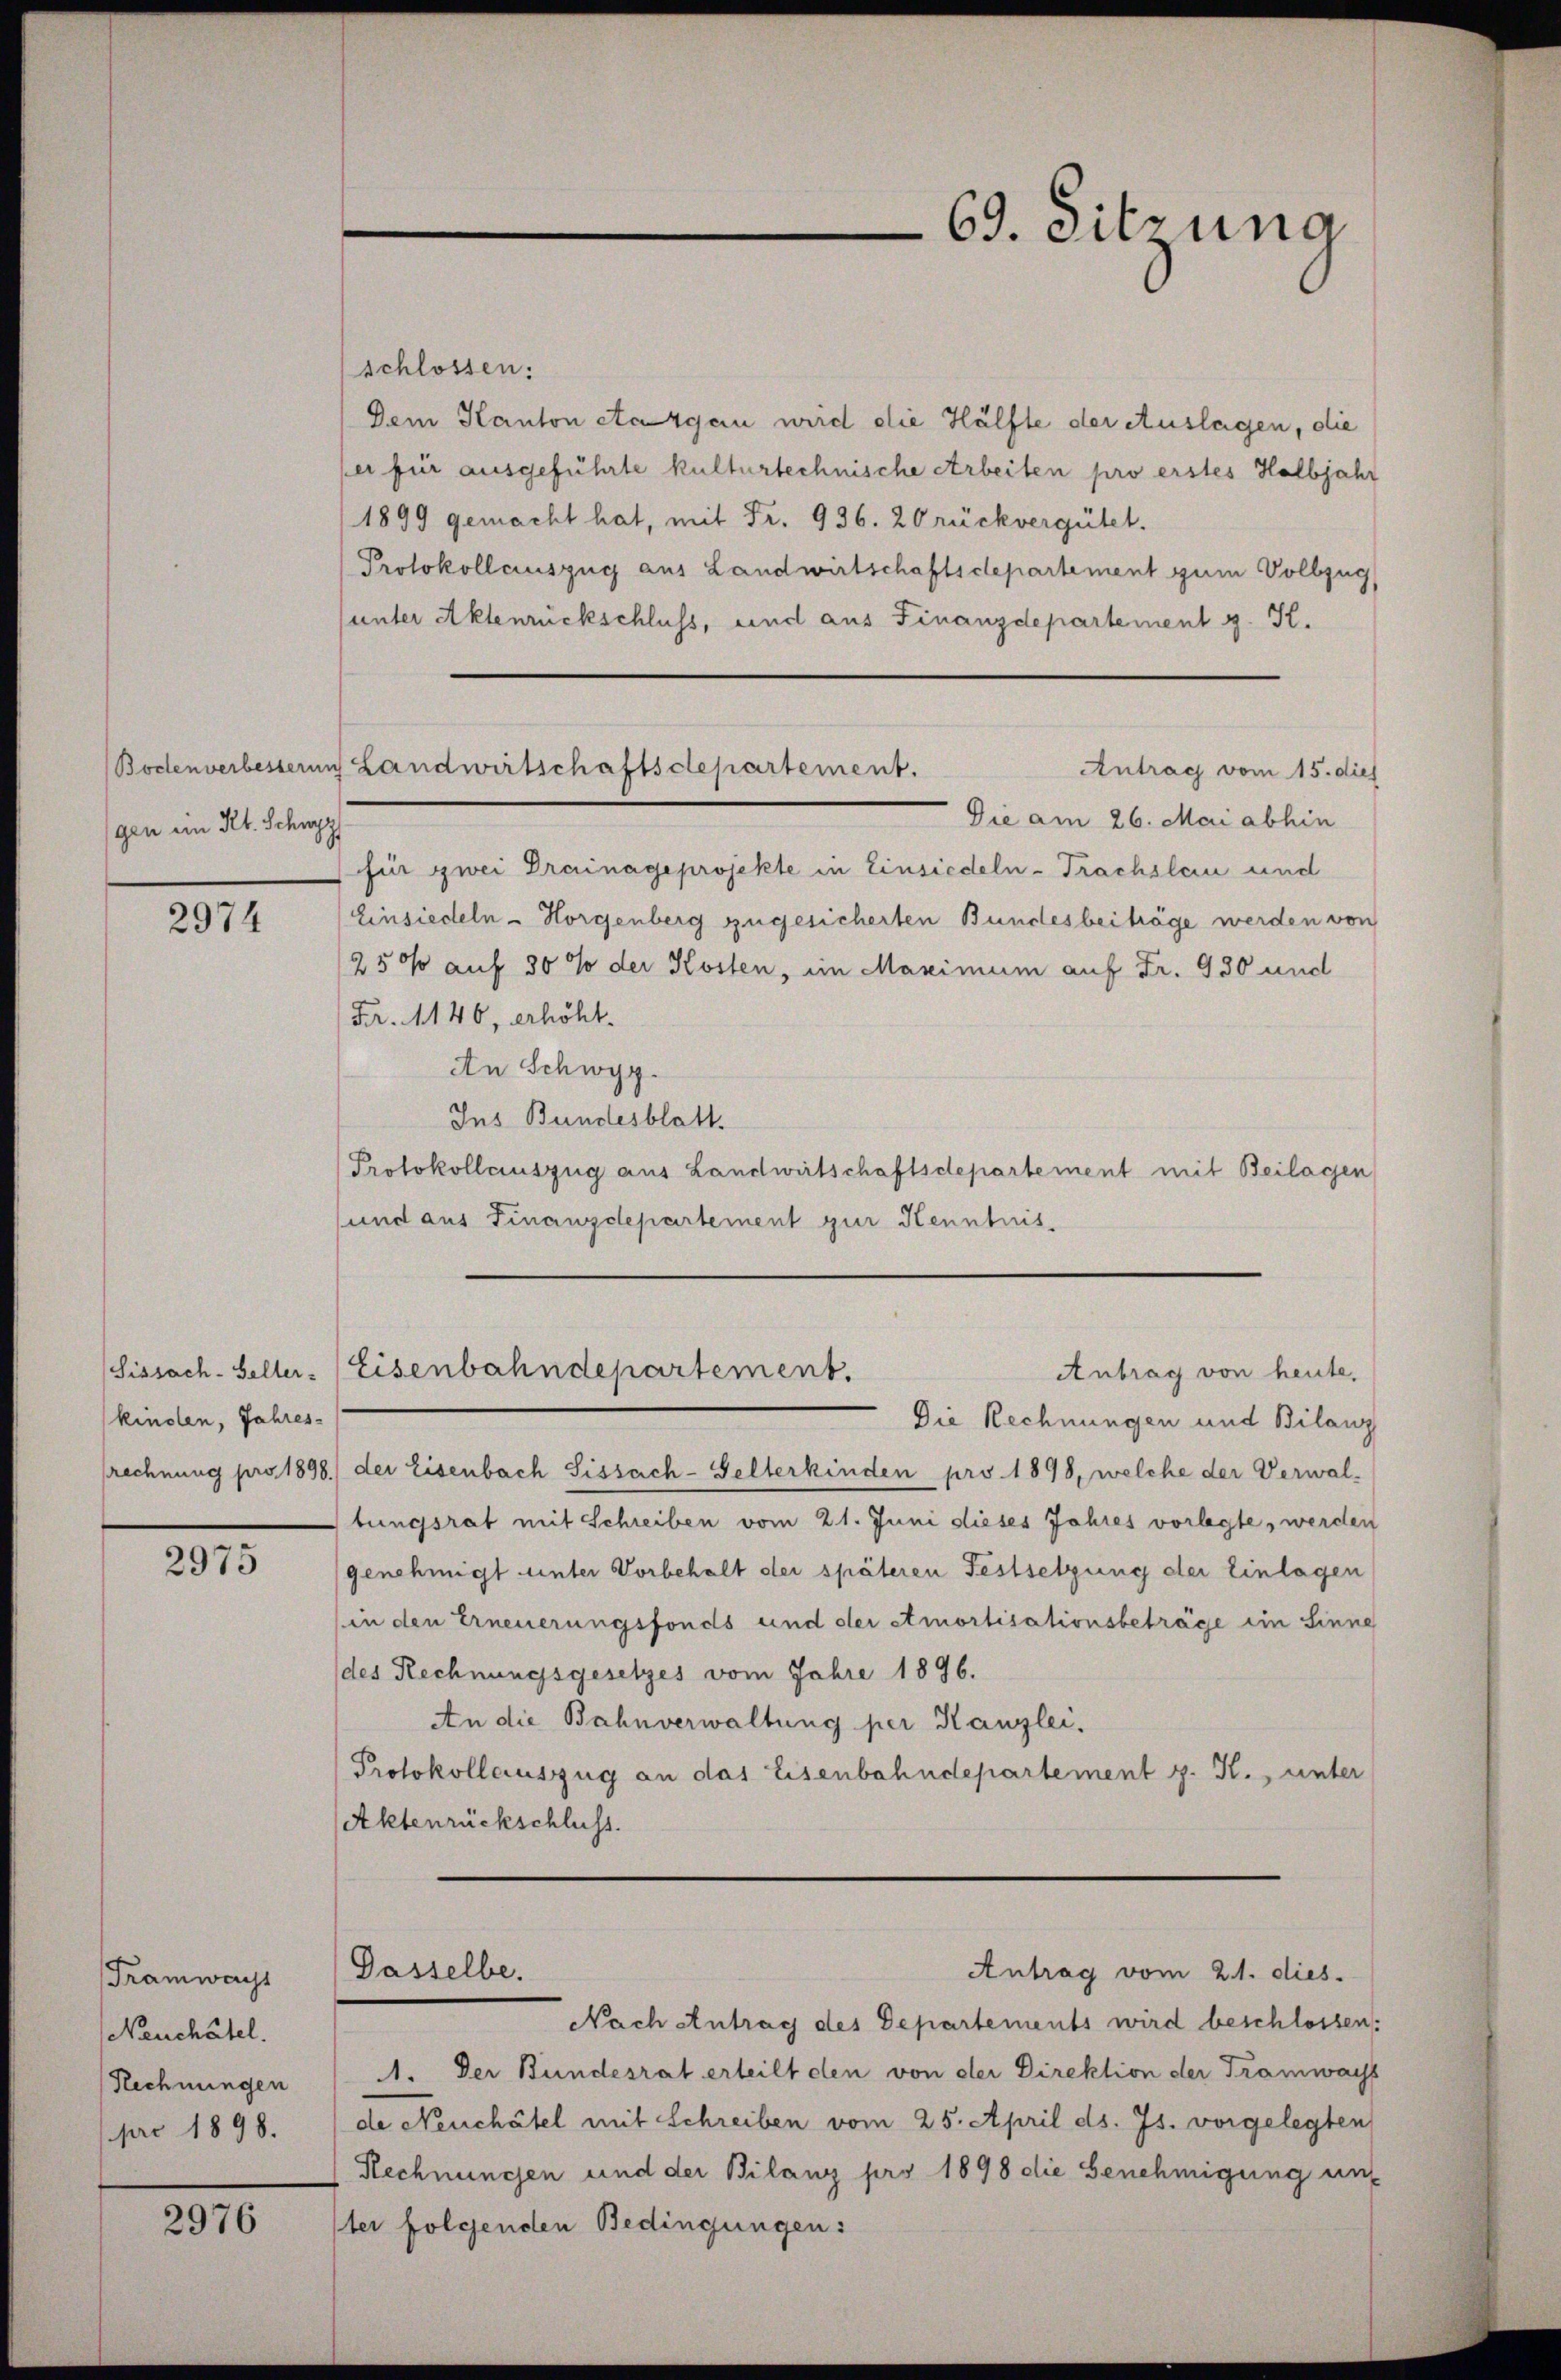
Bodenverbesserung
gen im Kt. Schwyz

2974

kinden, Jahres-
rechnung pro 1898.

2975

Tramwacht
Neuchâtel.
Rechnungen
pro 1898.

2976

69. Sitzung

schlossen:
Dem Kanton Aargau wird die Hälfte der Auslagen, die
per für ausgeführte kulturtechnische Arbeiten pro erstes Halbjahr
1899 gemacht hat, mit Fr. 936. 20 rückvergütet.
Protokollauszug aus Landwirtschaftsdepartement zum Vollzug
(unter Aktenrückschluss, und aus Finanzdepartement z. K.
Die am 26. Mai abhin
für zwei Drainage projekte in Einsiedeln-Trachslau und
Einsiedeln - Horgenberg zugesicherten Bundesbeiträge werden von
250 auf 30 % der Kosten, im Maximum auf Fr. 930 und
Fr. 146, erhöht.
An Schwyz.
Ins Bundesblatt.
Protokollauszug aus Landwirtschaftsdepartement mit Beilagen
und aus Finanzdepartement zur Kenntnis.
Sissach-Heller-Eisenbahndepartement.
Antrag von heute,
Die Rechnungen und Bilanz
der Eisenbach Sissach-Gelterkinden pro 1898, welche der Verwaltungsrat mit Schreiben vom 21. Juni dieses Jahres vorlegte, werden
genehmigt unter Vorbehalt der späteren Festsetzung der Einlagen
in den Erneuerungsfonds und der Amortisationsbeträge im Sinne
des Rechnungsgesetzes vom Jahre 1896.
An die Bahnverwaltung per Kanzlei.
Protokollauszug an das Eisenbahndepartement z. K. unter
Aktenrückschluss.

Landwirtschaftsdepartement.
Antrag vom 15. dies

Dasselbe.

Antrag vom 21. dies

Nach Antrag des Departements wird beschlossen:
1. Der Bundesrat erteilt den von der Direktion der Tramwacht
de Neuchâtel mit Schreiben vom 25. April ds. Js. vorgelegten
Rechnungen und der Bilanz pro 1898 die Genehmigung uns
ster folgenden Bedingungen: